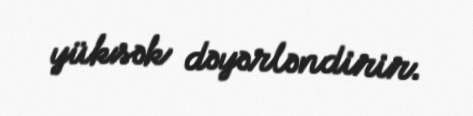
yüksək dəyərləndirir.